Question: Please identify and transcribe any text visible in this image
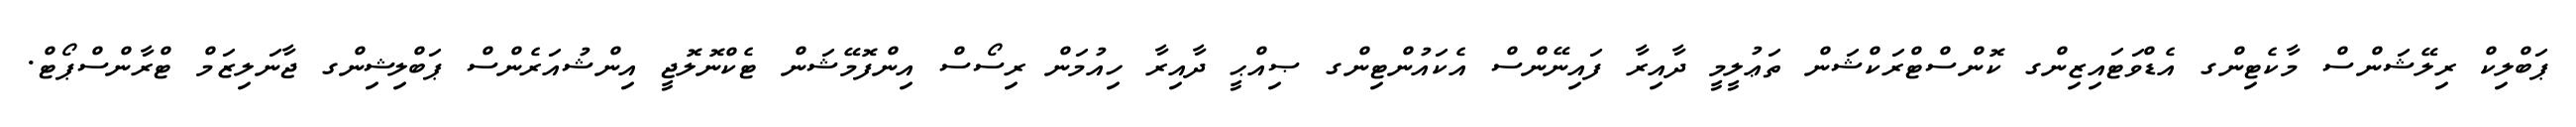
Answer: ޕަބްލިކް ރިލޭޝަންސް މާކެޓިންގ އެޑްވަޓައިޒިންގ ކޮންސްޓްރަކްޝަން ތަޢުލީމީ ދާއިރާ ފައިނޭންސް އެކައުންޓިންގ ޞިއްޙީ ދާއިރާ ހިއުމަން ރިސޯސް އިންފޮމޭޝަން ޓެކްނޮލޮޖީ އިންޝުއަރެންސް ޕަބްލިޝިންގ ޖާނަލިޒަމް ޓްރާންސްޕޯޓް.